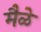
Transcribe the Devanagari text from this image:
मैळे